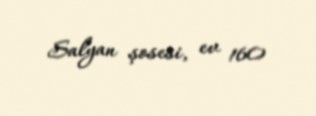
Salyan şosesi, ev 160